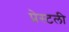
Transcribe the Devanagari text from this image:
प्रेस्टली